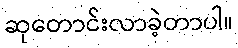
ဆုတောင်းလာခဲ့တာပါ။